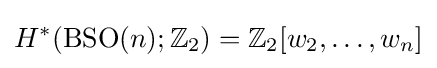
H^{*}(\operatorname {BSO} (n);\mathbb {Z} _{2})=\mathbb {Z} _{2}[w_{2},\ldots ,w_{n}]